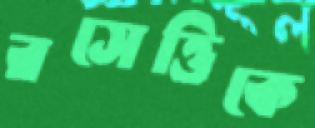
রসেত্তিকে